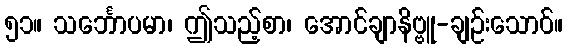
၅၁။ သင်္ဘောပမာ၊ ဤသည့်စာ၊ အောင်ချာနိဗ္ဗူ-ချဉ်းသောဝ်။